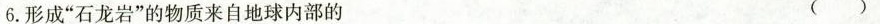
6.形成”石龙岩”的物质来自地球内部的 ( )